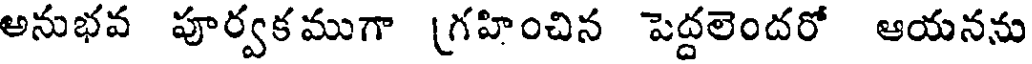
అనుభవ పూర్వక ముగా (గహించిన పెద్దలెందరో ఆయనను